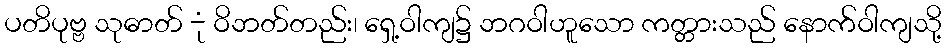
ပတိပုဗ္ဗ သုဓာတ် -ုံ ဝိဘတ်တည်း၊ ရှေ့ဝါကျ၌ ဘဂဝါဟူသော ကတ္တားသည် နောက်ဝါကျသို့